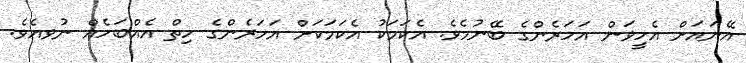
އޭނައަށް އެހީވަން އަހަރެންގެ ބޭނުމެވެ. އެކަމަކު އެކަމަކަށް އަހަރެންގެ ހިތް އެއްބަހެއް ނުވއެވެ.